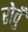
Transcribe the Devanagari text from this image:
रोवुँ